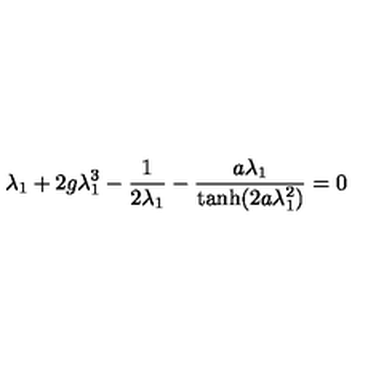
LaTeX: \lambda _ { 1 } + 2 g \lambda _ { 1 } ^ { 3 } - { \frac { 1 } { 2 \lambda _ { 1 } } } - { \frac { a \lambda _ { 1 } } { { \tanh } ( 2 a \lambda _ { 1 } ^ { 2 } ) } } = 0